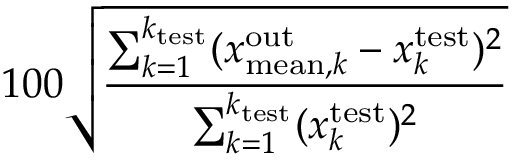
1 0 0 \sqrt { \frac { \sum _ { k = 1 } ^ { k _ { \mathrm { t e s t } } } ( x _ { \mathrm { m e a n } , k } ^ { \mathrm { o u t } } - x _ { k } ^ { \mathrm { t e s t } } ) ^ { 2 } } { \sum _ { k = 1 } ^ { k _ { \mathrm { t e s t } } } ( x _ { k } ^ { \mathrm { t e s t } } ) ^ { 2 } } }